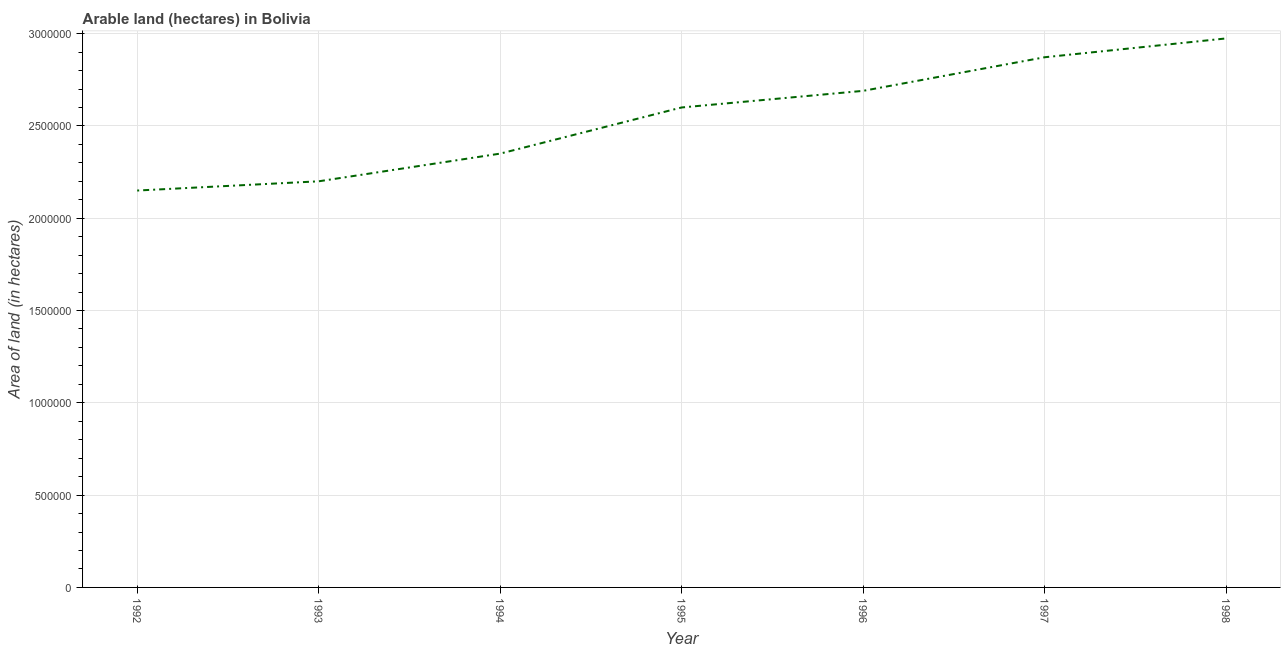
| Year | Area of land |
 | --- | --- |
 | 1992 | 2.15e+06 |
 | 1993 | 2.2e+06 |
 | 1994 | 2.35e+06 |
 | 1995 | 2.6e+06 |
 | 1996 | 2.69e+06 |
 | 1997 | 2.87e+06 |
 | 1998 | 2.97e+06 |